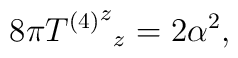
8\pi {{T^{(4)}}^z}_{z}= 2\alpha^2,